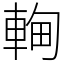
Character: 䡘